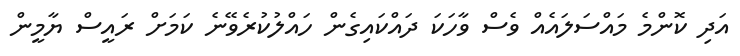
އަދި ކޮންމެ މައްސަލައެއް ވެސް ވާހަކަ ދައްކައިގެން ހައްލުކުރެވޭނެ ކަމަށް ރައީސް ޔާމީން